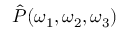
\hat { P } ( \omega _ { 1 } , \omega _ { 2 } , \omega _ { 3 } )